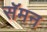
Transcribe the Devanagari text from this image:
सॅमन